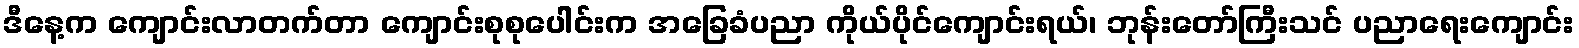
ဒီနေ့က ကျောင်းလာတက်တာ ကျောင်းစုစုပေါင်းက အခြေခံပညာ ကိုယ်ပိုင်ကျောင်းရယ်၊ ဘုန်းတော်ကြီးသင် ပညာရေးကျောင်း